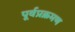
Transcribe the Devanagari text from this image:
पूर्वप्रक्रमण